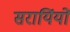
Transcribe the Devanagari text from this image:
सरायिंयों